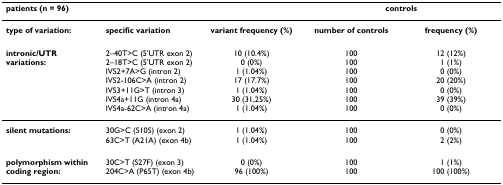
| <COLSPAN=3> patients (n = 96) | <COLSPAN=2> controls |
 | --- | --- | --- | --- | --- |
 | type of variation: | specific variation | variant frequency (%) | number of controls | frequency (%) |
 | intronic/UTR variations: | 2–40T>C (5'UTR exon 2)2–18T>C (5'UTR exon 2)IVS2+7A>G (intron 2)IVS2-106C>A (intron 2)IVS3+11G>T (intron 3)IVS4a+11G (intron 4a)IVS4a-62C>A (intron 4a) | 10 (10.4%)0 (0%)1 (1.04%)17 (17.7%)1 (1.04%)30 (31,25%)1 (1.04%) | 100100100100100100100 | 12 (12%)1 (1%)0 (0%)20 (20%)0 (0%)39 (39%)0 (0%) |
 | silent mutations: | 30G>C (S10S) (exon 2)63C>T (A21A) (exon 4b) | 1 (1.04%)1 (1.04%) | 100100 | 0 (0%)2 (2%) |
 | polymorphism within coding region: | 30C>T (S27F) (exon 3)204C>A (P65T) (exon 4b) | 0 (0%)96 (100%) | 100100 | 1 (1%)100 (100%) |